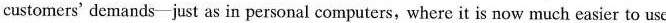
customers' demands-just as in personal computers, where it is now much easier to use